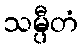
သမ္ပီတံ